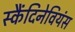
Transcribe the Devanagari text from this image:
स्कैंदिनेवियंस